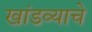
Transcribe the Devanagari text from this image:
खांडव्याचे